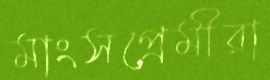
মাংসপ্রেমীরা